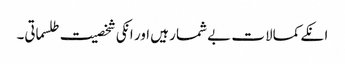
انکے کمالات بے شمار ہیں اور انکی شخصیت طلسماتی۔